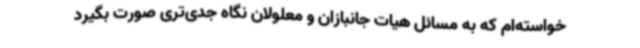
خواسته‌ام که به مسائل هیات جانبازان و معلولان نگاه جدی‌تری صورت بگیرد